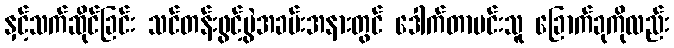
နှင့်သက်ဆိုင်ခြင်း သင်တန်းဖွင့်ပွဲအခမ်းအနားတွင် ဒေါက်တာမင်းသူ ခြောက်ခုကိုလည်း